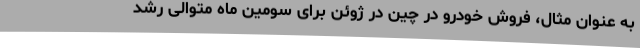
به عنوان مثال، فروش خودرو در چین در ژوئن برای سومین ماه متوالی رشد